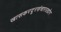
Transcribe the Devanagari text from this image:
खासकरदूरसंचारउद्योग